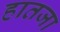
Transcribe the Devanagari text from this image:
हातजा